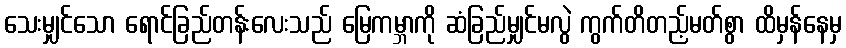
သေးမျှင်သော ရောင်ခြည်တန်းလေးသည် မြေကမ္ဘာကို ဆံခြည်မျှင်မလွဲ ကွက်တိတည့်မတ်စွာ ထိမှန်နေမှ